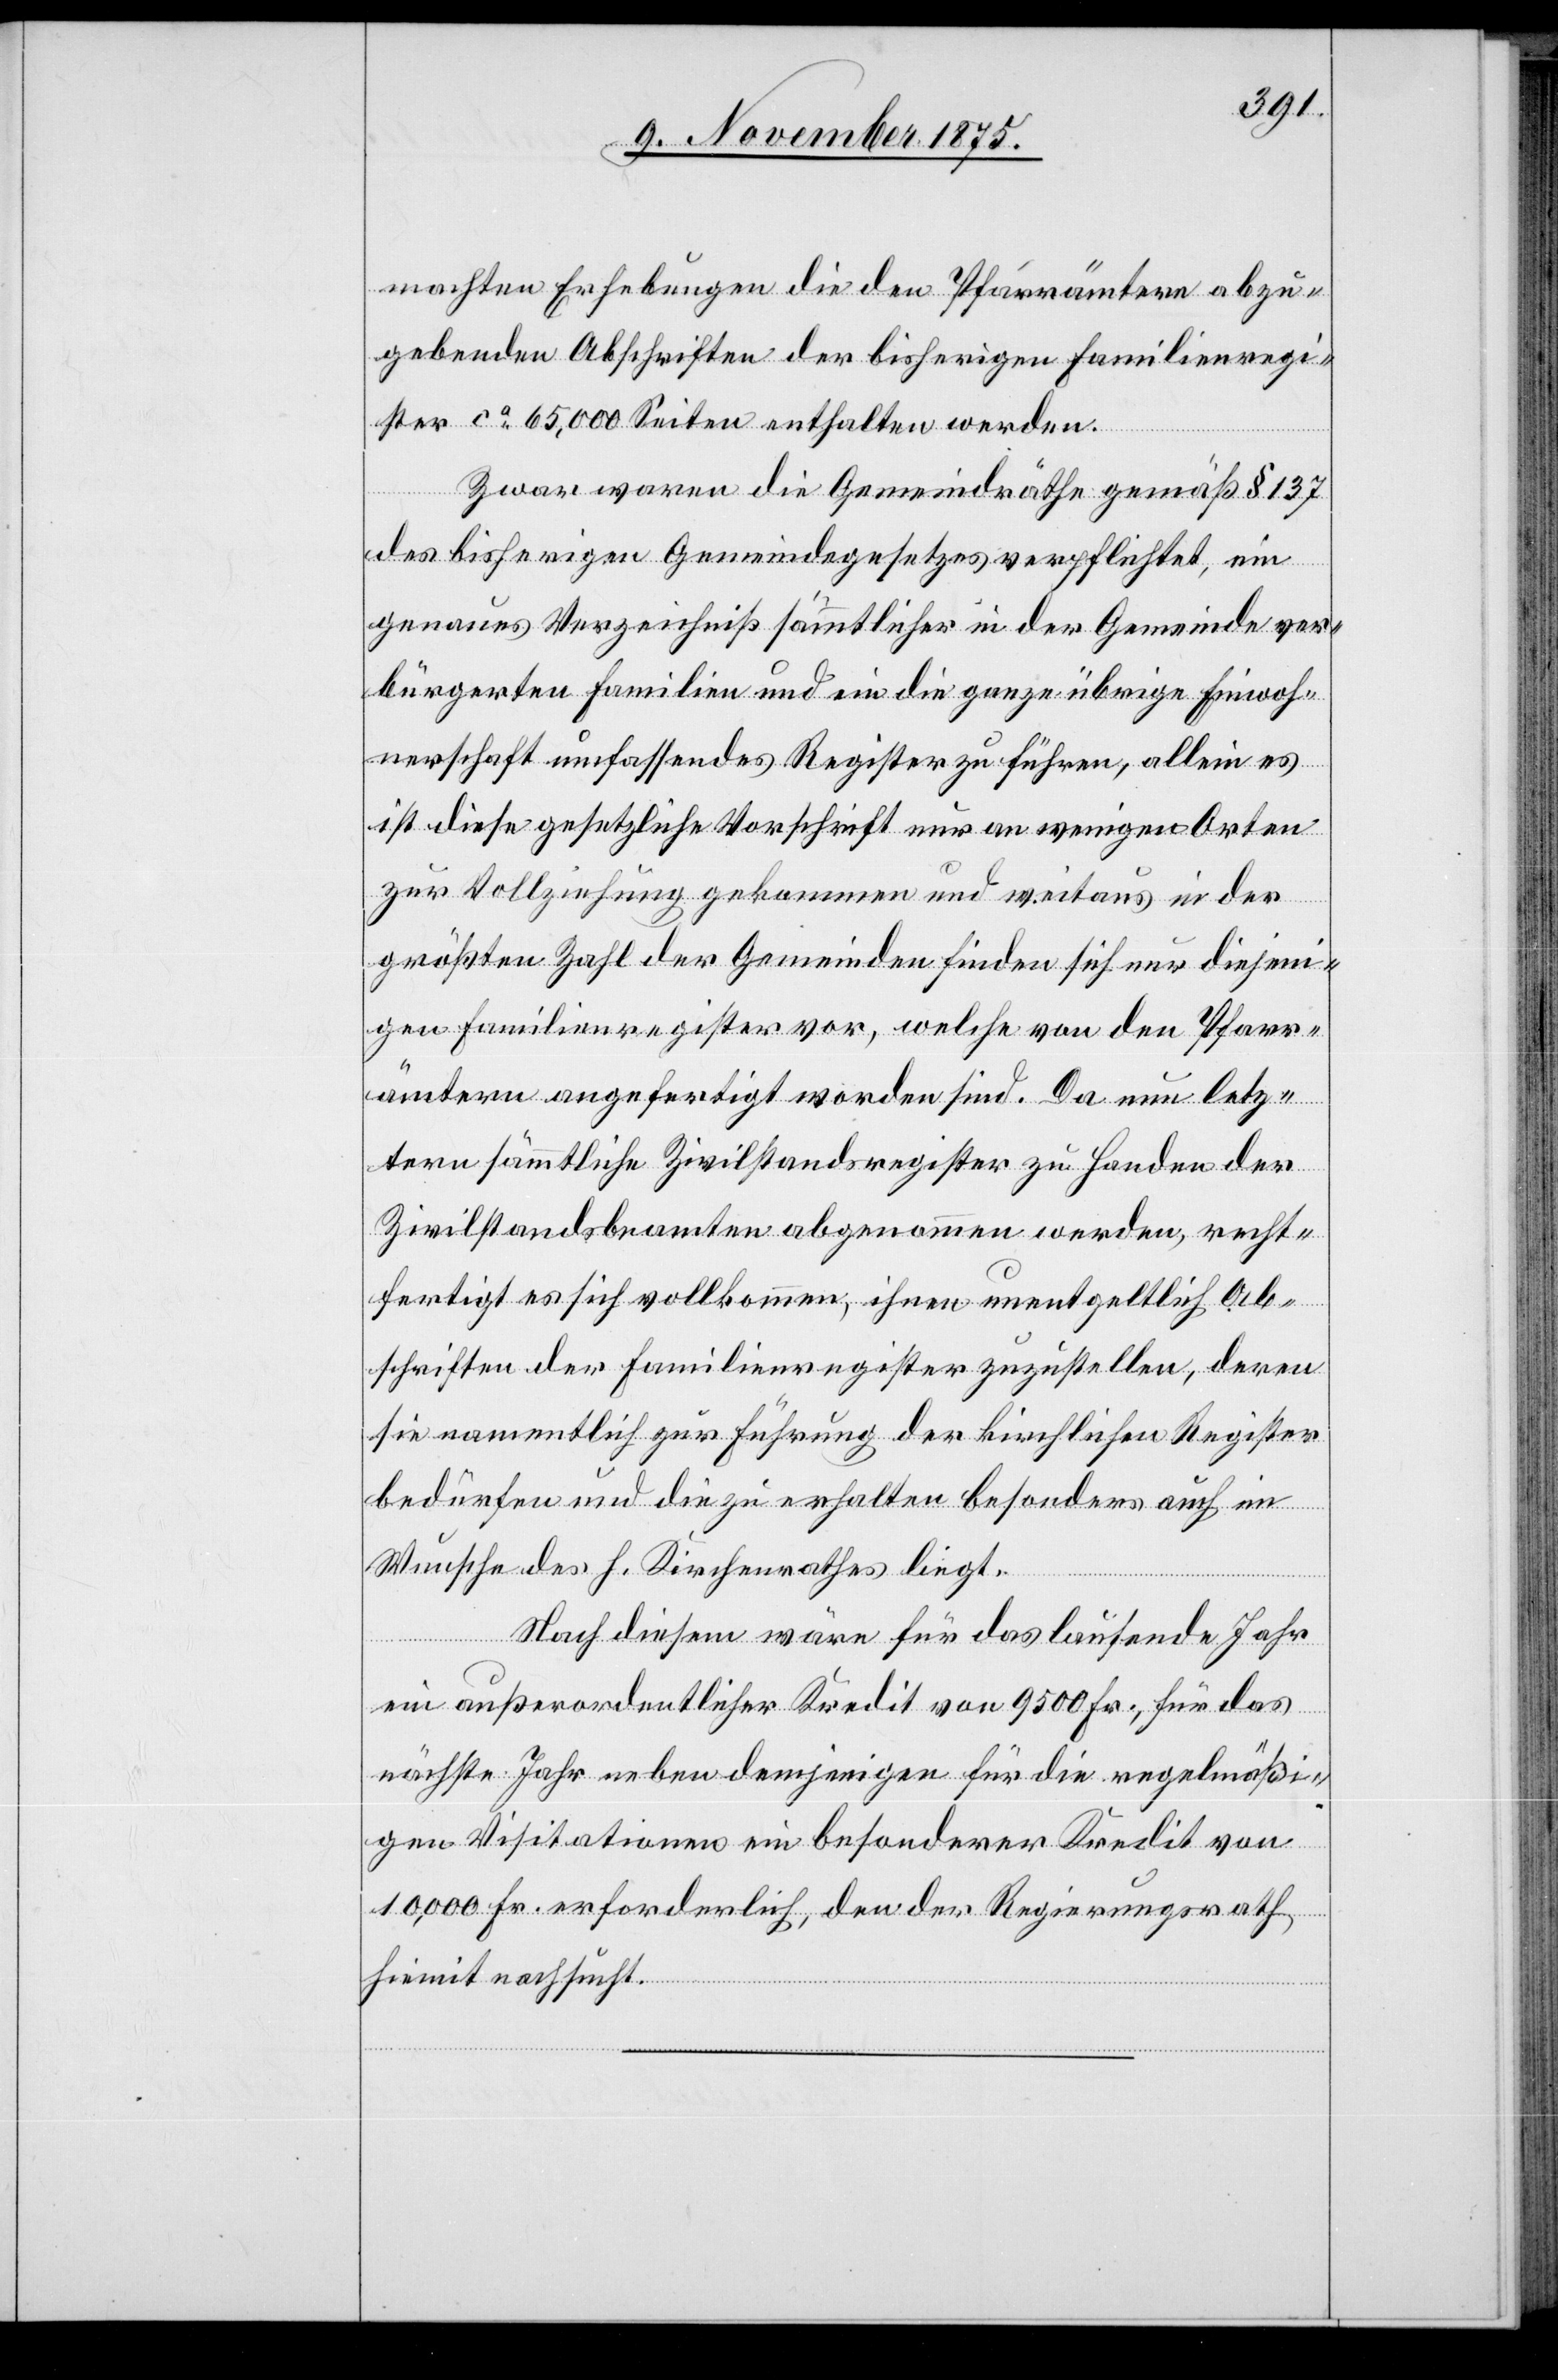
machten Erhebungen die den Pfarrämtern abzu¬
gebenden Abschriften der bisherigen Familienregi¬
ster ca 65,000 Seiten enthalten werden.
Zwar waren die Gemeindräthe gemäß § 137
des bisherigen Gemeindegesetzes verpflichtet, ein
genaues Verzeichniß sämmtlicher in der Gemeinde ver¬
bürgerten Familien und ein die ganze übrige Einwoh¬
nerschaft umfassendes Register zu führen, allein es
ist diese gesetzliche Vorschrift nur an wenigen Orten
zur Vollziehung gekommen und weitaus in der
größten Zahl der Gemeinden finden sich nur diejeni¬
gen Familienregister vor, welche von den Pfarr¬
ämtern angefertigt worden sind. Da nun letz¬
tern sämmtliche Zivilstandsregister zu Handen der
Zivilstandsbeamten abgenommen werden, recht¬
fertigt es sich vollkommen, ihnen unentgeltlich Ab¬
schriften der Familienregister zuzustellen, deren
sie namentlich zur Führung der kirchlichen Register
bedürfen und die zu erhalten besonders auch im
Wunsche des h. Kirchenrathes liegt.
Nach diesem wäre für das laufende Jahr
ein außerordentlicher Kredit von 9500 Fr., für das
nächste Jahr neben demjenigen für die regelmäßi¬
gen Visitationen ein besonderer Kredit von
10,000 Fr. erforderlich, den der Regierungsrath
hiemit nachsucht.